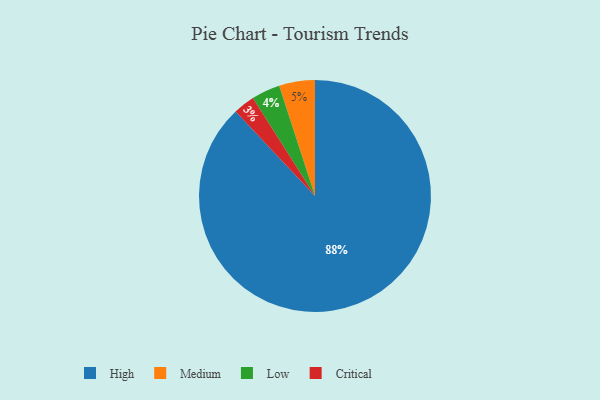
{"axis": {"x": "Category", "y": "Percentage"}, "legend": ["Critical", "High", "Low", "Medium"], "data": [{"x": "Critical", "y": 3, "type": "Critical"}, {"x": "High", "y": 88, "type": "High"}, {"x": "Low", "y": 4, "type": "Low"}, {"x": "Medium", "y": 5, "type": "Medium"}]}